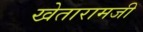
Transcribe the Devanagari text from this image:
खेतारामजी